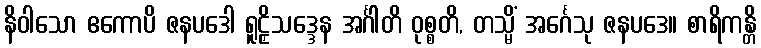
နိဝါသော ဧကောပိ ဇနပဒေါ ရူဠှိသဒ္ဒေန အင်္ဂါတိ ဝုစ္စတိ, တသ္မိံ အင်္ဂေသု ဇနပဒေ။ စာရိကန္တိ